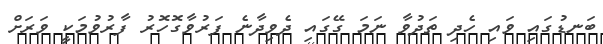
ބަނޑުގައި ވައި ހެދި ތަދުވާ ނަމަ ގޭގައި ދެވިދާނެ ފަރުވާގޮހޮރު ފާރުވުމަކީ ވަރަށް